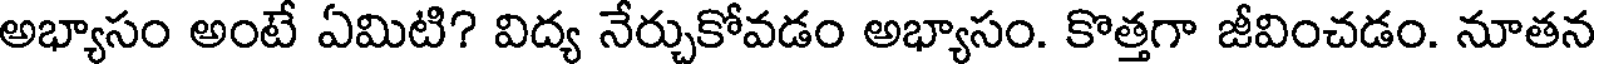
అభ్యాసం అంటే ఏమిటి? విద్య నేర్చుకోవడం అభ్యాసం. కొత్తగా జీవించడం. నూతన